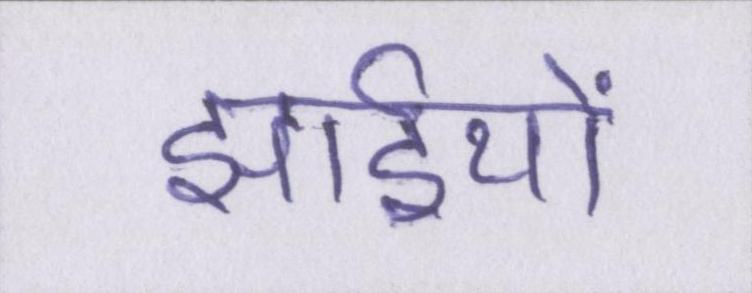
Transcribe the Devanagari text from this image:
झाईयों